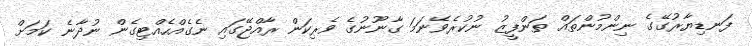
ފަނޑިޔާރުގޭގެ ނިންމުންތައް ތަންފީޒު ނުކުރެވޭނަމަ ގާނޫނުގެ ވެރިކަން ރާއްޖޭގައި ނެގެއްހެއްޓިގެން ނުދާނެ ކަމަށް